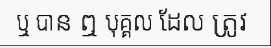
ឬ បាន ឮ បុគ្គល ដែល ត្រូវ